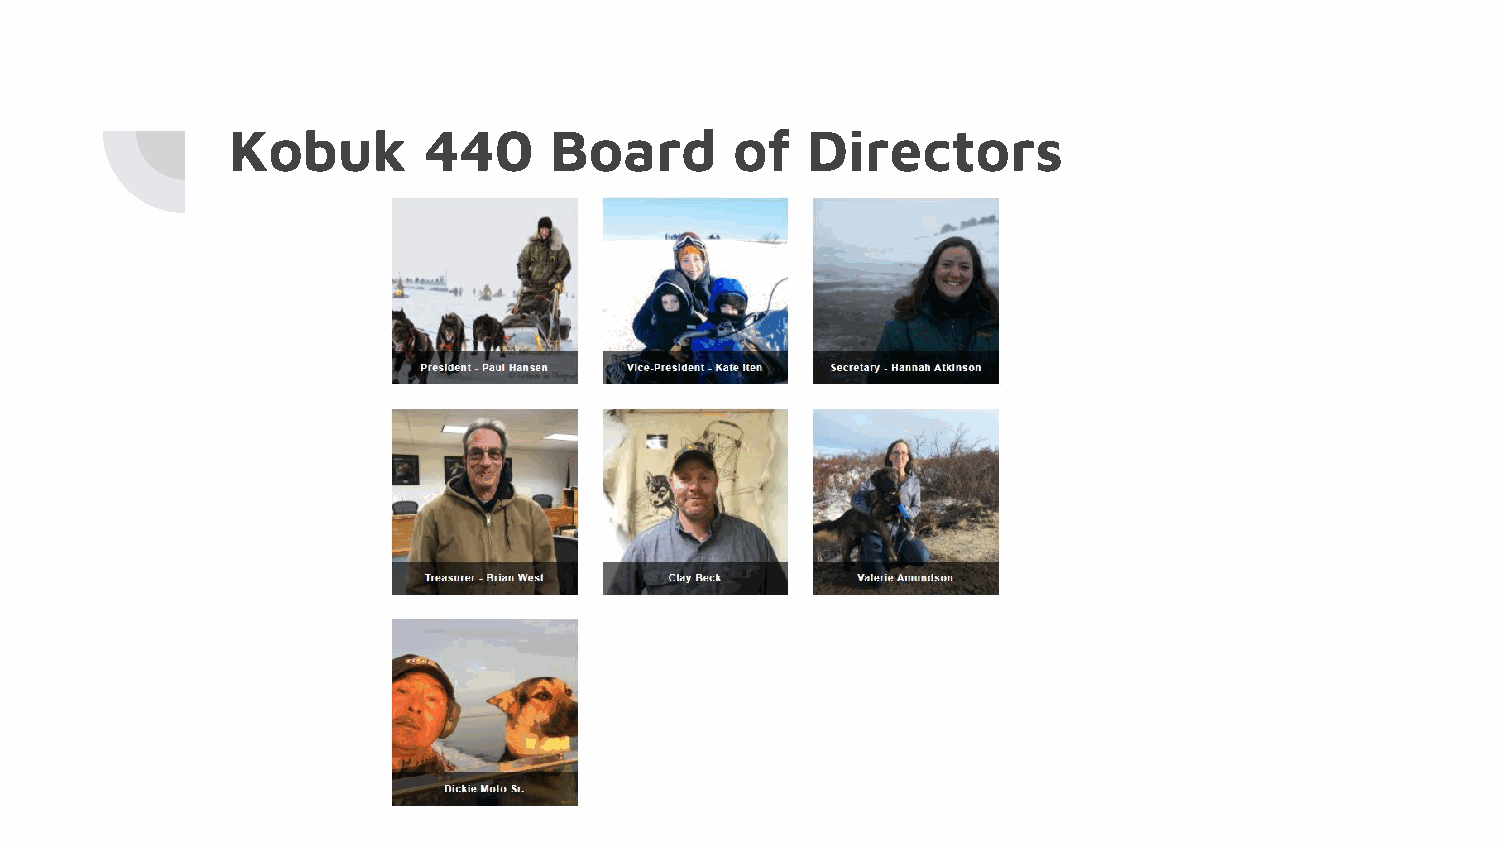
Kobuk        440     Board        of  Directors
 Hannah Atkinson
 Alisa Gilbert
 Margaret Hansen